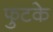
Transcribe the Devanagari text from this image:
फुटके